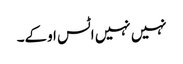
نہیں نہیں اٹس اوکے۔